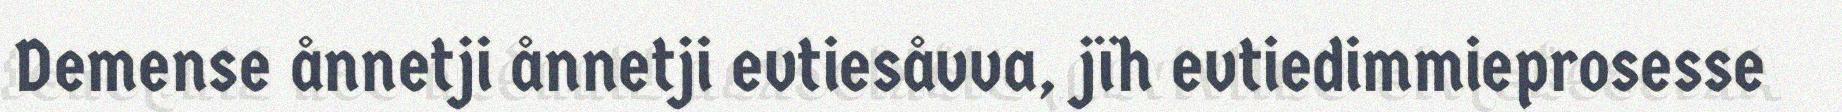
Demense ånnetji ånnetji evtiesåvva, jïh evtiedimmieprosesse